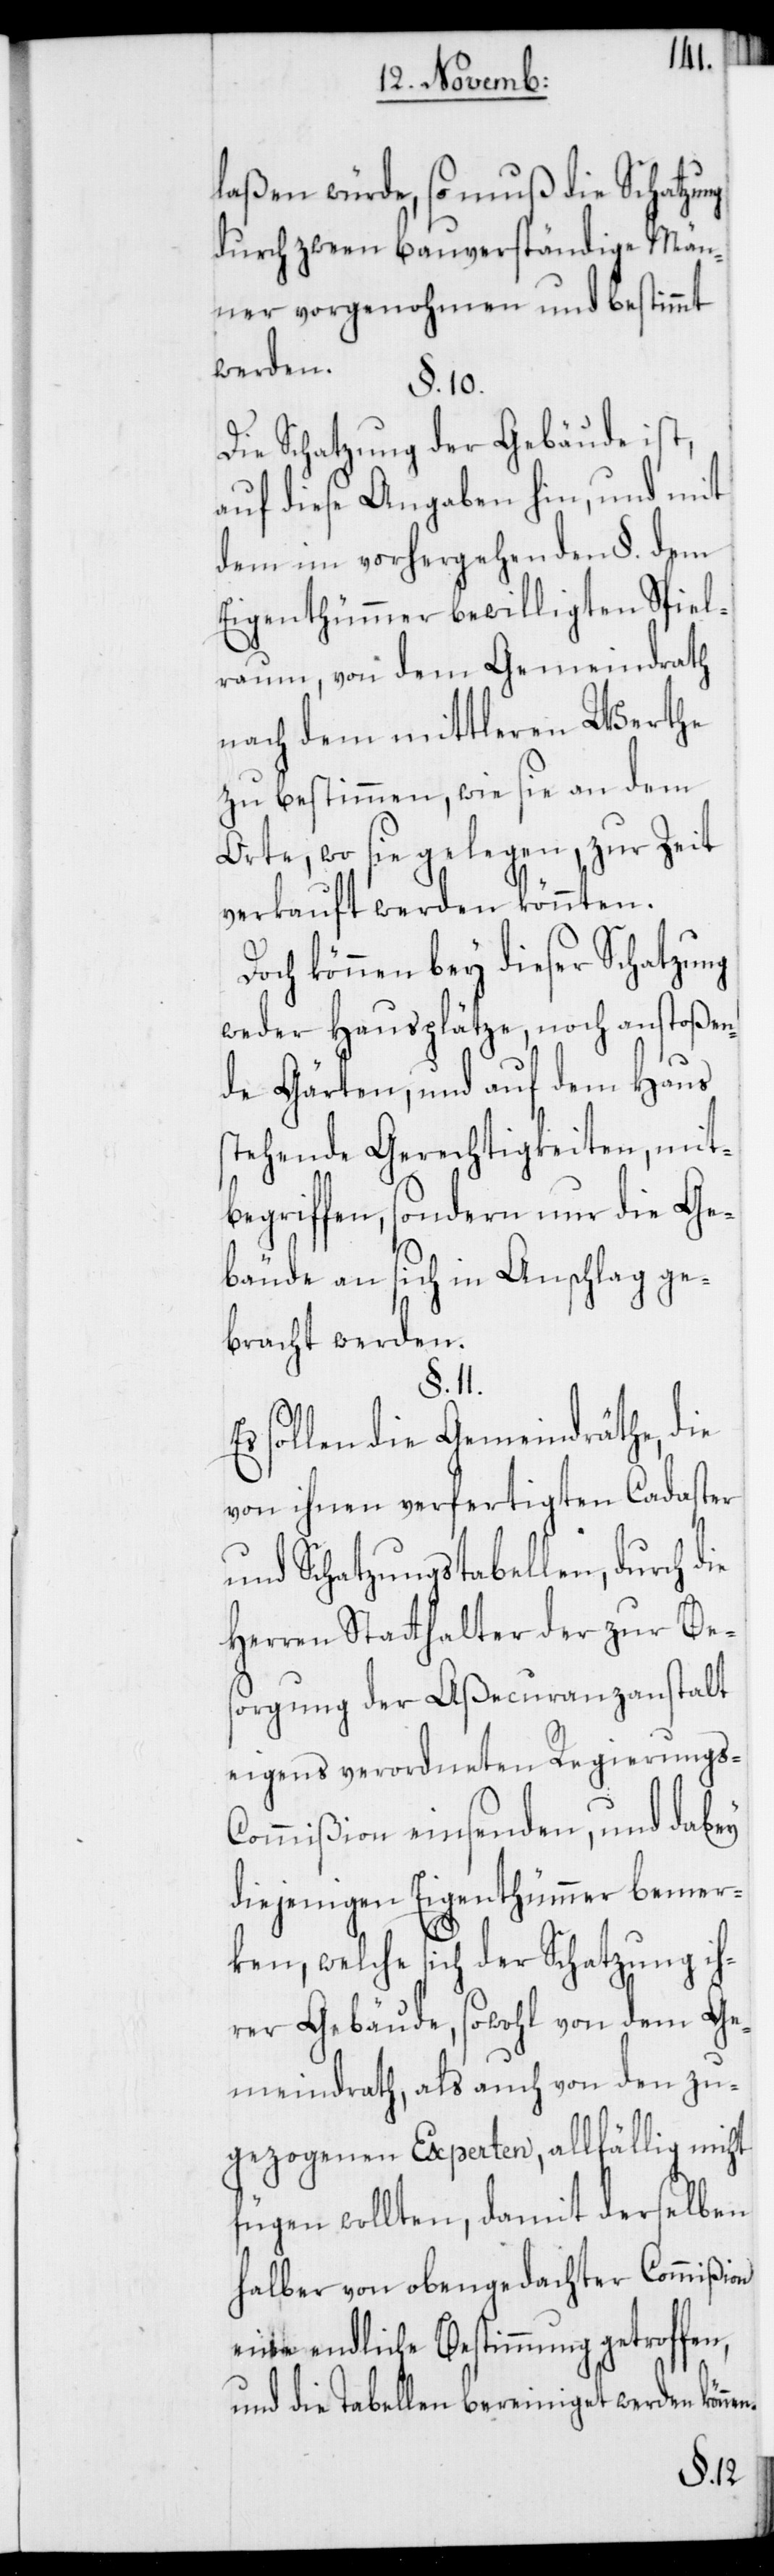
laßen würde, so muß die Schatzung
durch zween bauverständige Män¬
ner vorgenohmen und bestimmt
werden.
§. 10.
Die Schatzung der Gebäude ist,
auf diese Angaben hin, und mit
dem im vorhergehenden §. dem
Eigenthümmer bewilligten Spiel¬
raum, von dem Gemeindrath
nach dem mittleren Werthe
zu bestimmen, wie sie an dem
Orte, wo sie gelegen, zur Zeit
verkauft werden könnten.
Doch können bey dieser Schatzung
weder Hausplätze noch anstoßen¬
de Gärten, und auf dem Haus
stehende Gerechtigkeiten, mit¬
begriffen, sondern nur die Ge¬
bäude an sich in Anschlag ge¬
bracht werden.
§. 11.
Es sollen die Gemeindräthe, die
von ihnen verfertigten Cadaster
und Schatzungstabellen, durch
Herren Statthalter der zur Be¬
sorgung der Aßecuranzanstalt
eigens verordneten Regierungs-C¬
ommißion einsenden, und dabey
diejenigen Eigenthümmer bemer¬
ken, welche sich der Schatzung ih¬
rer Gebäude, sowohl von dem Ge¬
meindrath, als auch von den zu¬
gezogenen Experten, allfällig nicht
fügen wollten, damit derselben
halber von obengedachter Commißion
eine endliche Bestimmung getroffen,
und die Tabellen bereiniget werden könne¬
n.